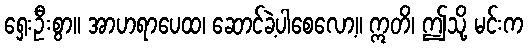
ရှေးဦးစွာ။ အာဟရာပေထ၊ ဆောင်ခဲ့ပါစေလော့။ ဣတိ၊ ဤသို့ မင်းက